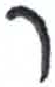
אות: ר